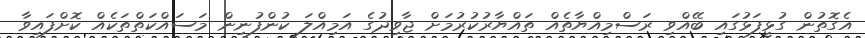
އެގޮތުން ގުޅީފަޅުގައި ބޭއްވި ރަސްމިއްޔާތެއް ތައްޔާރުކުރުމަށް ޖާވިދުގެ އަމިއްލަ ކުންފުނިން މަސައްކަތްތަކެއް ކޮށްފައިވާ